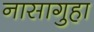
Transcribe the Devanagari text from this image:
नासागुहा